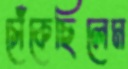
সেঁকেছিলেম